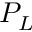
P _ { L }